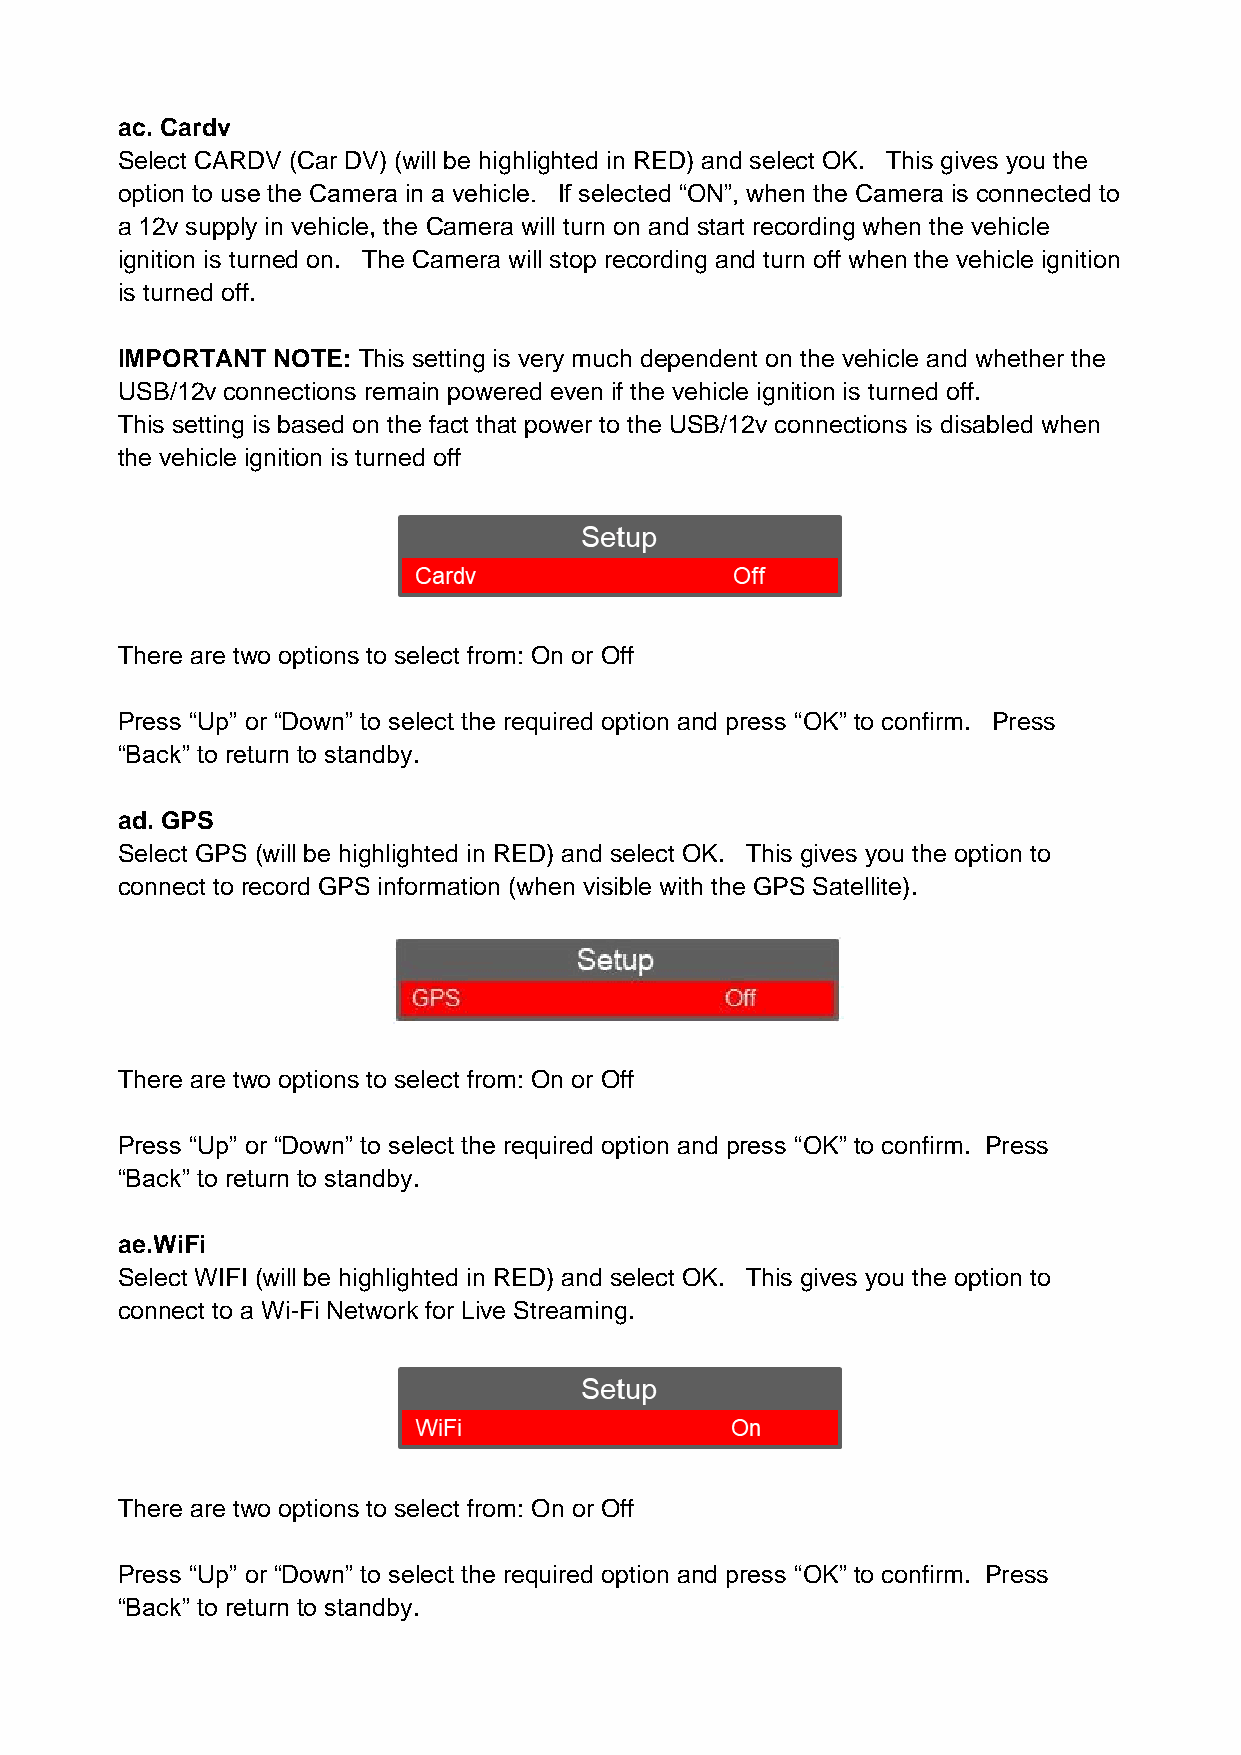
ac. Cardv
 Select CARDV (Car DV) (will be highlighted in RED) and select OK. This gives you the
 option to use the Camera in a vehicle. If selected “ON”, when the Camera is connected to
 a 12v supply in vehicle, the Camera will turn on and start recording when the vehicle
 ignition is turned on. The Camera will stop recording and turn off when the vehicle ignition
 is turned off.
 IMPORTANT NOTE: This setting is very much dependent on the vehicle and whether the
 USB/12v connections remain powered even if the vehicle ignition is turned off.
 This setting is based on the fact that power to the USB/12v connections is disabled when
 the vehicle ignition is turned off
 There are two options to select from: On or Off
 Press “Up” or “Down” to select the required option and press “OK” to confirm. Press
 “Back” to return to standby.
 ad. GPS
 Select GPS (will be highlighted in RED) and select OK. This gives you the option to
 connect to record GPS information (when visible with the GPS Satellite).
 There are two options to select from: On or Off
 Press “Up” or “Down” to select the required option and press “OK” to confirm. Press
 “Back” to return to standby.
 ae.WiFi
 Select WIFI (will be highlighted in RED) and select OK. This gives you the option to
 connect to a Wi-Fi Network for Live Streaming.
 There are two options to select from: On or Off
 Press “Up” or “Down” to select the required option and press “OK” to confirm. Press
 “Back” to return to standby.